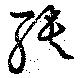
聵